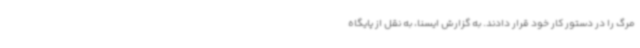
مرگ را در دستور کار خود قرار دادند. به گزارش ایسنا، به نقل از پایگاه